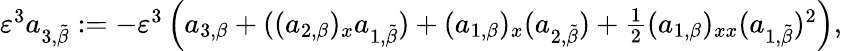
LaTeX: \begin{array}{r}{\varepsilon^{3}a_{3,\tilde{\beta}}:=-\varepsilon^{3}\left(a_{3,\beta}+((a_{2,\beta})_{x}a_{1,\tilde{\beta}})+(a_{1,\beta})_{x}(a_{2,\tilde{\beta}})+\frac{1}{2}(a_{1,\beta})_{xx}(a_{1,\tilde{\beta}})^{2}\right),}\end{array}